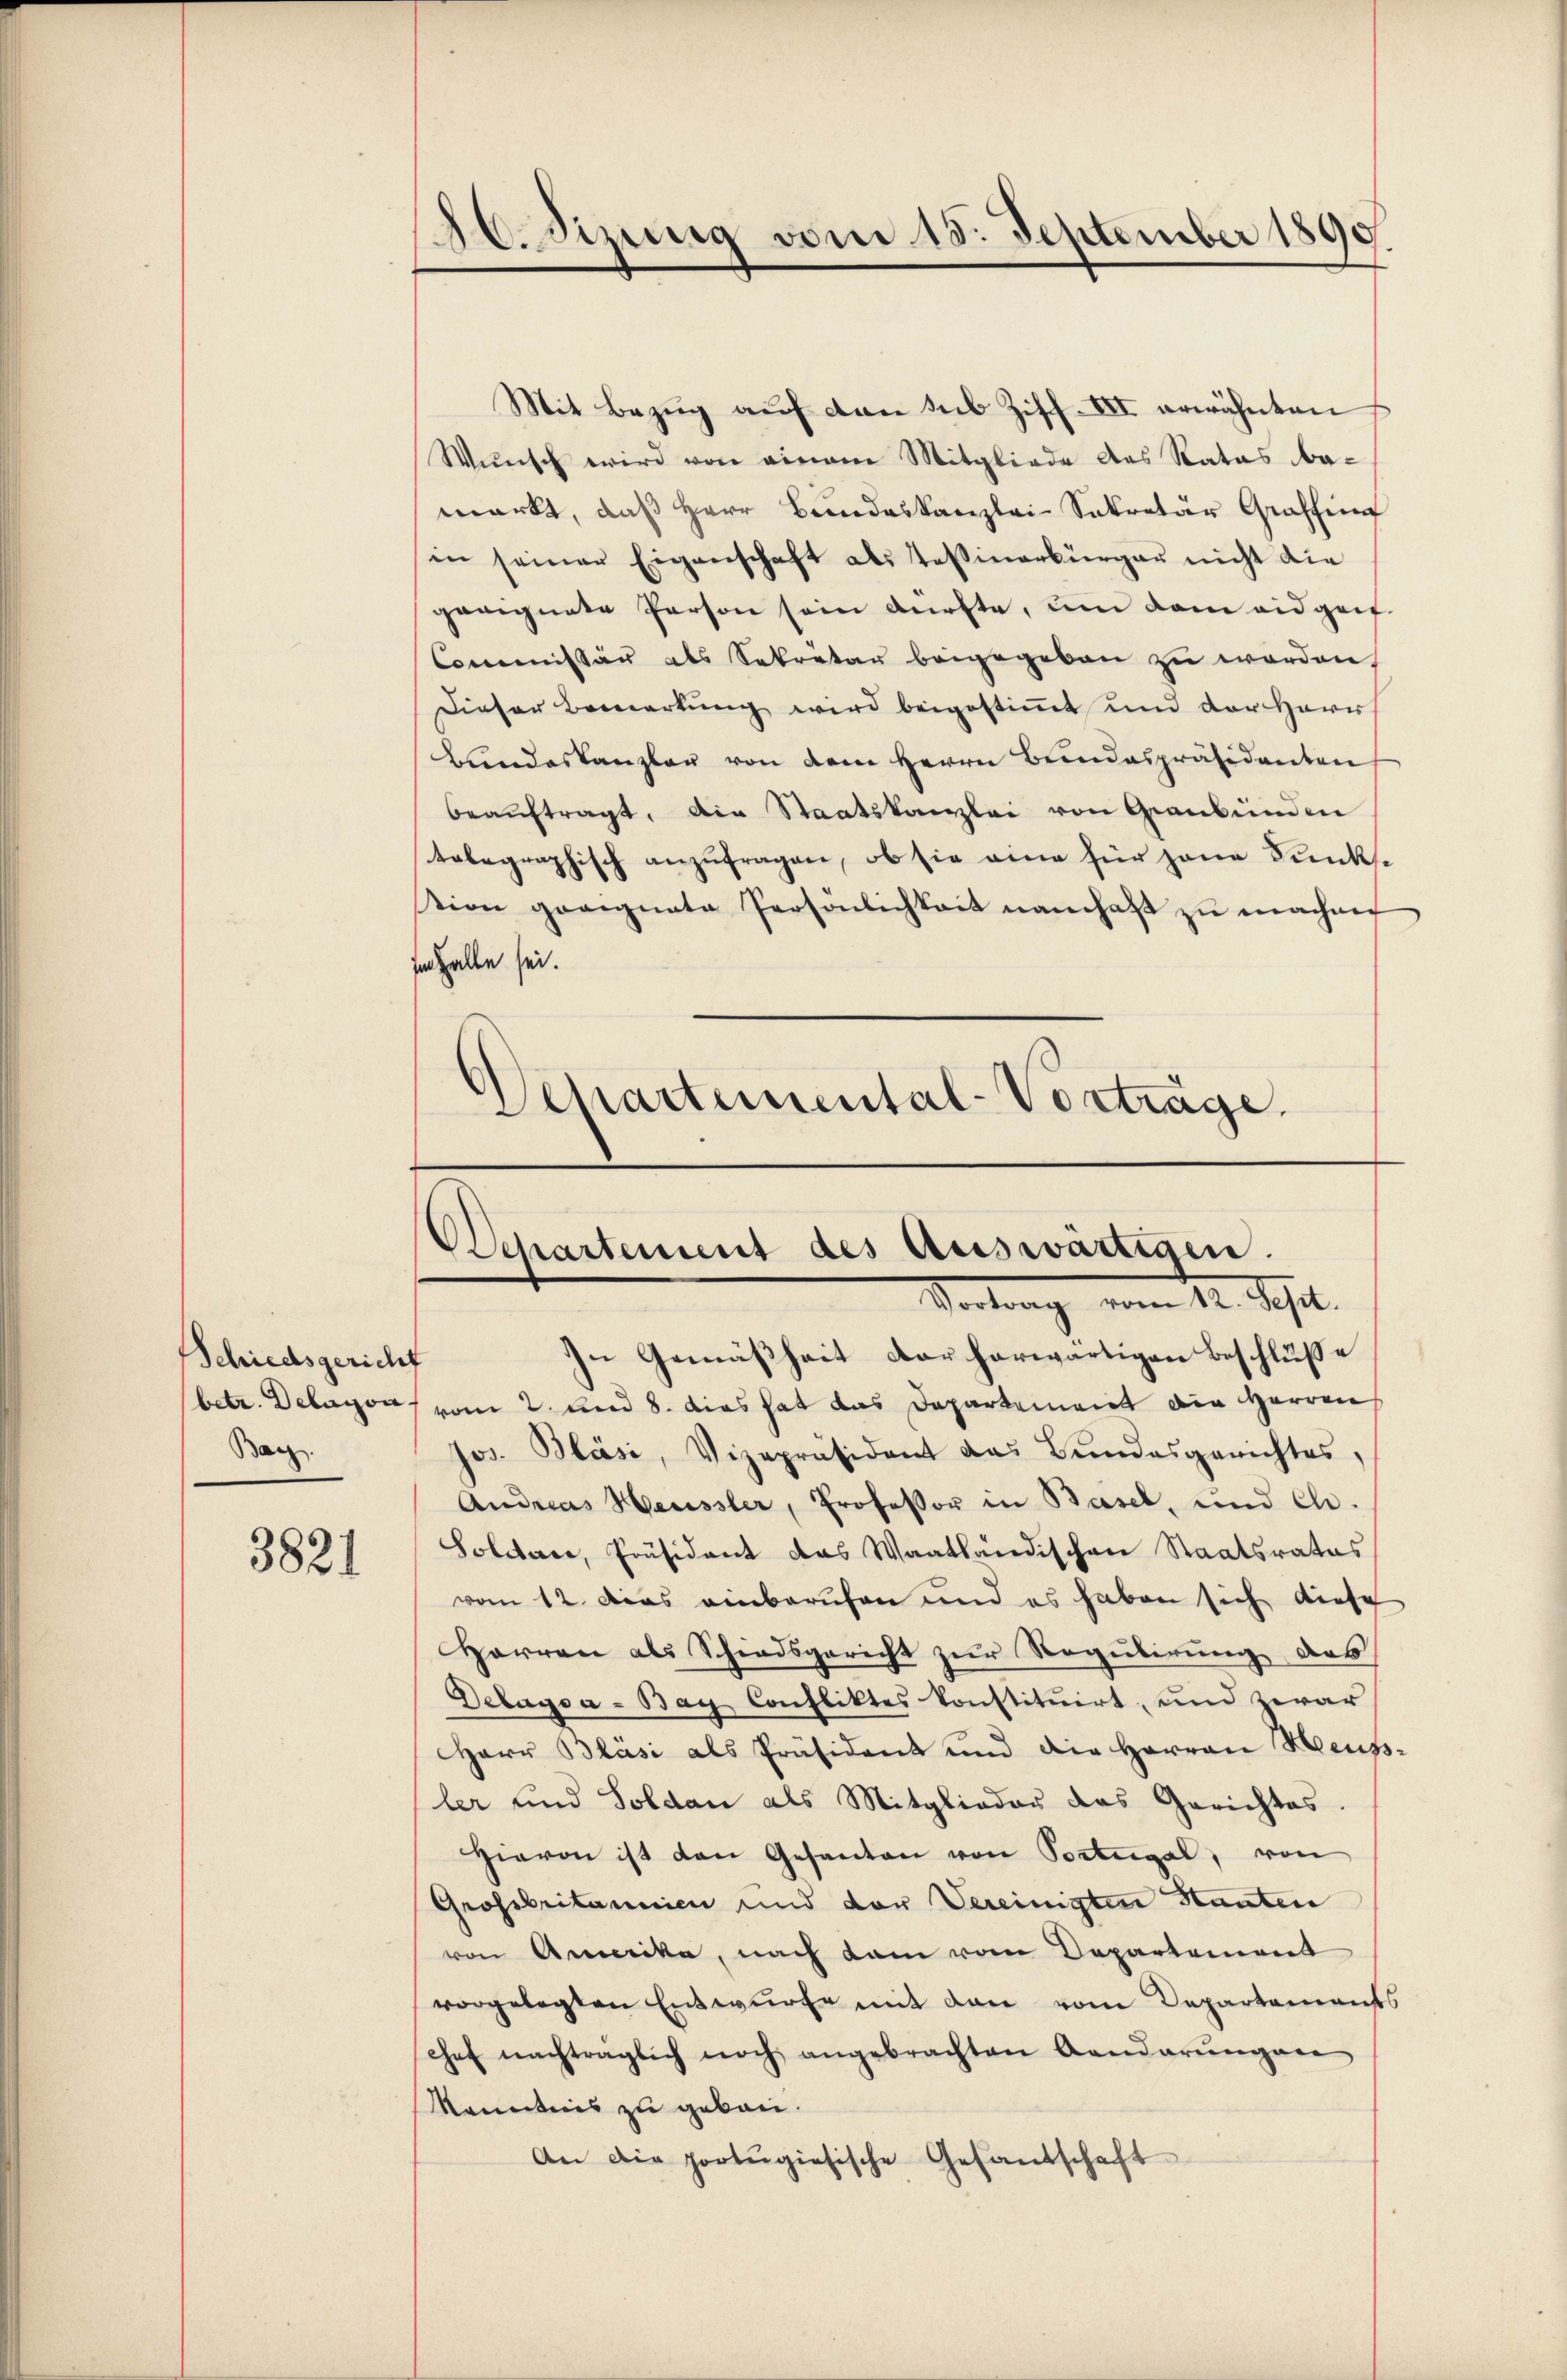
Schiedsgericht
betr. Delayon.
Bacz

3821

Mit Bezug auf den sub Ziff. III erwähnten
Wunsch wird von einem Mitgliede des Ratas be-
markt, daβ Herr Bundeskanzlei-Sekretär Graffin
in seiner Eigenschaft als Tessinerbürger nicht die
geeignete Person sein dürfte, um dem eidgeif
Commissär als Sekretär beigegeben zu worden.
Dieser Bemerkung wird beigestimmt und der Herr
Bundeskanzler von dem Herrn Bundespräsidenten
beaŭftragt, die Staatskanzlei von Graubünden
telegraphisch anzufragen, ob sie eine für jene Funkstion geeignete Persönlichkeit namhaft zu machen
Im Falle sei.
Departemental-Vorträge.

26. Sizung vom 15. September 1890

Departement des Auswärtigen.
Vortrag vom 12. Sept.

In Gemäßheit der herwärtigen Beschluße
vom 2. und 8. dies hat das Departement die Herren
Jos. Bläsi, Vizepräsident das Bundesgerichtes,
Andreas Heussler, Professor in Basel, und ch.
Solitare, Präsident das Waatländischen Staatsrates
vom 12. Das einberufen und es haben sich diese
Harren als Schiedsgericht zur Regulirung des
Delagsa - Bay Confliktes konstituirt, und zwar
Herr Bläsi als Präsident und die Herren Heusler und Soldan als Mitglieder das Gerichtes
Hievon ist den Gesanten von Portugal, von
Grossbritannien und der Vereinigten Stanten
von Amerika, nach dam vom Departement
vorgelegten Entwurfe mit den vom Departements
Chef nachtraglich noch angebrachten Aendarŭngen
Kenntnis zu gebau.
An die portŭgiesische Gesandschaft